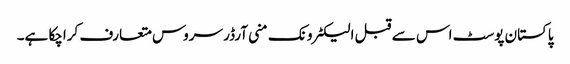
پاکستان پوسٹ اس سے قبل الیکٹرونک منی آرڈر سروس متعارف کراچکا ہے۔